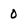
Character: 0